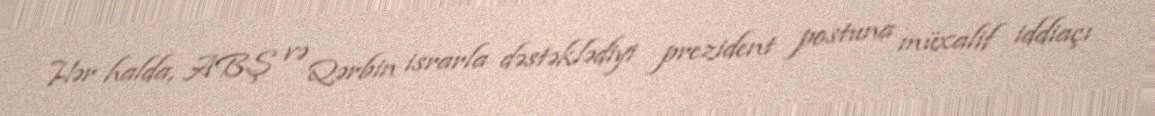
Hər halda, ABŞ və Qərbin israrla dəstəklədiyi prezident postuna müxalif iddiaçı